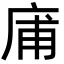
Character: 庯